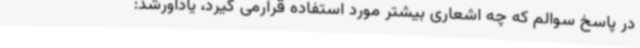
در پاسخ سوالم که چه اشعاری بیشتر مورد استفاده قرارمی گیرد، یادآورشد: